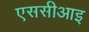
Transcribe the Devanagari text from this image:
एससीआइ